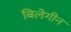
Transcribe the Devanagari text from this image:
बिलेगीन